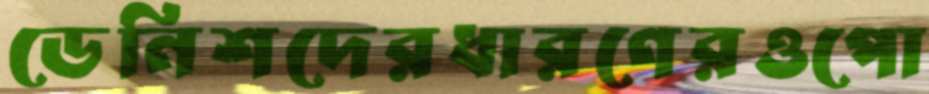
ডেনিশদেরধারণেরওপো